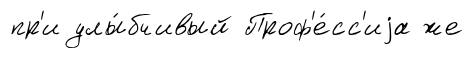
пр'и улы́бчивый Проф'е́сс'иjа же